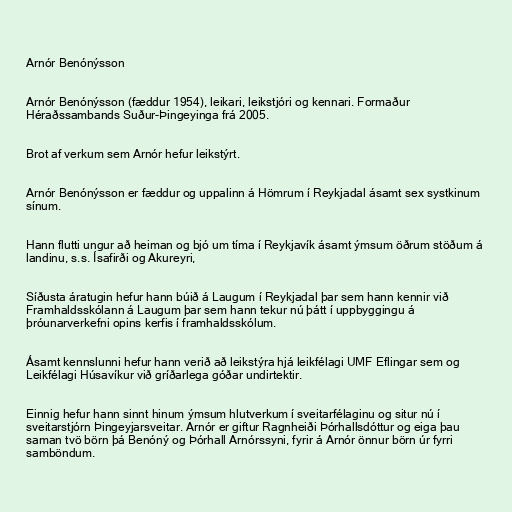
Arnór Benónýsson

Arnór Benónýsson (fæddur 1954), leikari, leikstjóri og kennari. Formaður
Héraðssambands Suður-Þingeyinga frá 2005.

Brot af verkum sem Arnór hefur leikstýrt.

Arnór Benónýsson er fæddur og uppalinn á Hömrum í Reykjadal ásamt sex systkinum
sínum.

Hann flutti ungur að heiman og bjó um tíma í Reykjavík ásamt ýmsum öðrum stöðum á
landinu, s.s. Ísafirði og Akureyri,

Síðusta áratugin hefur hann búið á Laugum í Reykjadal þar sem hann kennir við
Framhaldsskólann á Laugum þar sem hann tekur nú þátt í uppbyggingu á
þróunarverkefni opins kerfis í framhaldsskólum.

Ásamt kennslunni hefur hann verið að leikstýra hjá leikfélagi UMF Eflingar sem og
Leikfélagi Húsavíkur við gríðarlega góðar undirtektir.

Einnig hefur hann sinnt hinum ýmsum hlutverkum í sveitarfélaginu og situr nú í
sveitarstjórn Þingeyjarsveitar. Arnór er giftur Ragnheiði Þórhallsdóttur og eiga þau
saman tvö börn þá Benóný og Þórhall Arnórssyni, fyrir á Arnór önnur börn úr fyrri
samböndum.